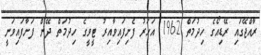
ރާއްޖޭގައި ރޭޑިއޯގެ ހިދުމަތް 1962 އަހަރު ފެށިފައިވާއިރު ޓީވީގެ ހިދުމަތް ދޭން ފަށާފައިވަނީ